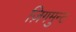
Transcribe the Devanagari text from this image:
ज़िगमुन्ट